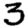
Digit: 3